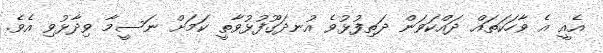
އެއީ އެ ވާހަކަތައް ދައްކަވަން ދަތިފުޅުވެ އުނދަގޫފުޅުވާތީ ކަމަށް ނަސީމާ ވިދާޅުވި އެވެ.